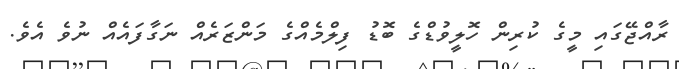
ރާއްޖޭގައި މީގެ ކުރިން ހޮލީވުޑްގެ ބޮޑު ފިލްމެއްގެ މަންޒަރެއް ނަގާފައެއް ނުވެ އެވެ.